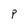
Character: P